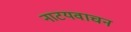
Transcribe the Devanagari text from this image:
नाटयवाचन